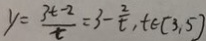
y = \frac { 3 t - 2 } { t } = 3 - \frac { 2 } { t } , t \in [ 3 , 5 ]